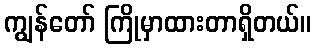
ကျွန်တော် ကြိုမှာထားတာရှိတယ်။